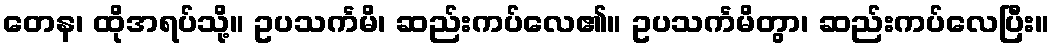
တေန၊ ထိုအရပ်သို့။ ဥပသင်္ကမိ၊ ဆည်းကပ်လေ၏။ ဥပသင်္ကမိတွာ၊ ဆည်းကပ်လေပြီး။